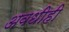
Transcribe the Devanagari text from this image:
अवधीही